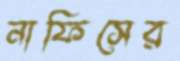
নাফিসের